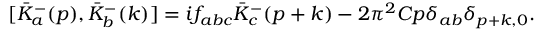
[ { \bar { K } } _ { a } ^ { - } ( p ) , { \bar { K } } _ { b } ^ { - } ( k ) ] = i f _ { a b c } { \bar { K } } _ { c } ^ { - } ( p + k ) - 2 { \pi } ^ { 2 } C p { \delta } _ { a b } { \delta } _ { p + k , 0 } .